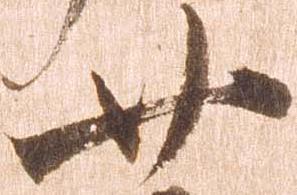
廿